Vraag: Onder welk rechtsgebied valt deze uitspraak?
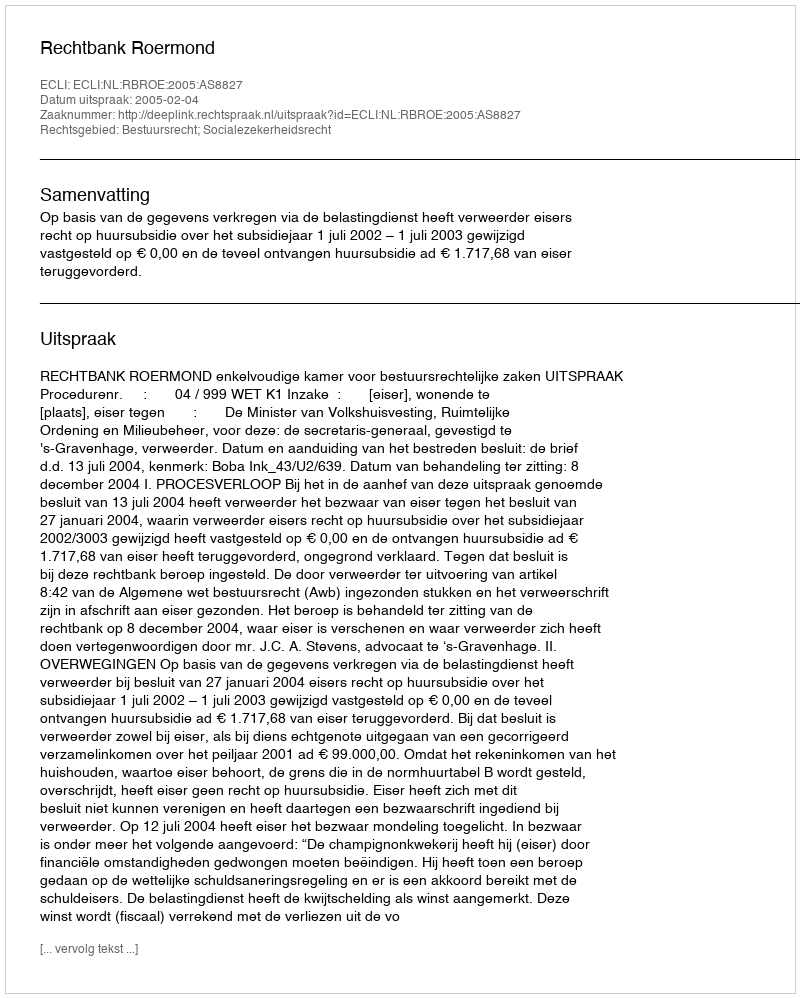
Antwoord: Bestuursrecht; Socialezekerheidsrecht